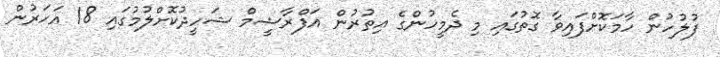
ފުލުހުން ހާމަކޮށްފައިވާ ގޮތުގައި މި ދެމީހުންގެ އިތުރުން އަފްރާޝީމް ޝަހީދުކޮށްލުމުގައި 18 އަހަރުން